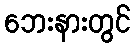
ဘေးနားတွင်